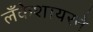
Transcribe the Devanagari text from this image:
लँकेशायरने